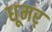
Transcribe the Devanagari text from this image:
धूमर्